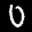
Label: 0